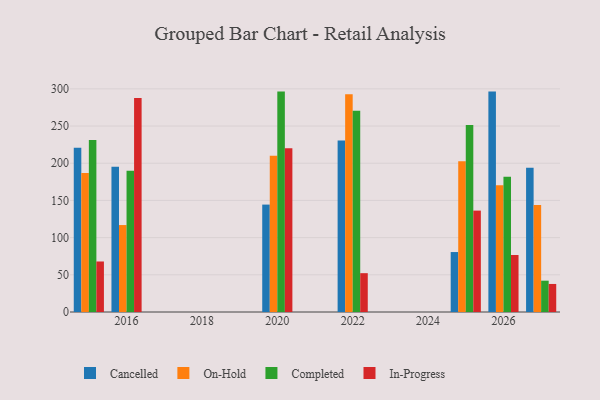
{"axis": {"x": "Year", "y": "Market Share (%)"}, "legend": ["Cancelled", "Completed", "In-Progress", "On-Hold"], "data": [{"x": "2020", "y": 144.4, "type": "Cancelled"}, {"x": "2020", "y": 210.1, "type": "On-Hold"}, {"x": "2020", "y": 296.3, "type": "Completed"}, {"x": "2020", "y": 220.1, "type": "In-Progress"}, {"x": "2026", "y": 296.3, "type": "Cancelled"}, {"x": "2026", "y": 170.4, "type": "On-Hold"}, {"x": "2026", "y": 181.8, "type": "Completed"}, {"x": "2026", "y": 76.6, "type": "In-Progress"}, {"x": "2016", "y": 195.2, "type": "Cancelled"}, {"x": "2016", "y": 116.9, "type": "On-Hold"}, {"x": "2016", "y": 190.0, "type": "Completed"}, {"x": "2016", "y": 287.6, "type": "In-Progress"}, {"x": "2022", "y": 230.4, "type": "Cancelled"}, {"x": "2022", "y": 292.6, "type": "On-Hold"}, {"x": "2022", "y": 270.7, "type": "Completed"}, {"x": "2022", "y": 52.2, "type": "In-Progress"}, {"x": "2025", "y": 80.6, "type": "Cancelled"}, {"x": "2025", "y": 202.5, "type": "On-Hold"}, {"x": "2025", "y": 251.4, "type": "Completed"}, {"x": "2025", "y": 136.3, "type": "In-Progress"}, {"x": "2015", "y": 220.7, "type": "Cancelled"}, {"x": "2015", "y": 186.7, "type": "On-Hold"}, {"x": "2015", "y": 231.1, "type": "Completed"}, {"x": "2015", "y": 67.9, "type": "In-Progress"}, {"x": "2027", "y": 193.9, "type": "Cancelled"}, {"x": "2027", "y": 144.0, "type": "On-Hold"}, {"x": "2027", "y": 42.1, "type": "Completed"}, {"x": "2027", "y": 37.7, "type": "In-Progress"}]}